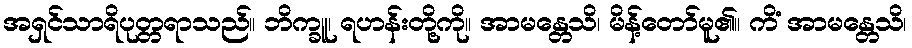
အရှင်သာရိပုတ္တရာသည်။ ဘိက္ခူ၊ ရဟန်းတို့ကို။ အာမန္တေသိ၊ မိန့်တော်မူ၏။ ကိံ အာမန္တေသိ၊